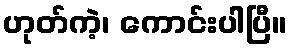
ဟုတ်ကဲ့၊ ကောင်းပါပြီ။